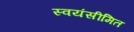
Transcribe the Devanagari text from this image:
स्वयंसीमित